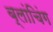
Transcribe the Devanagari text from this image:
ब्लांचिंग